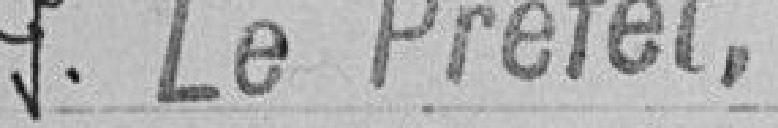
Pour le Préfet